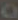
\